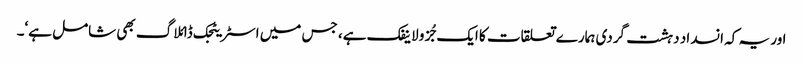
اور یہ کہ انسداد دہشت گردی ہمارے تعلقات کا ایک جُزو لاینفک ہے، جس میں اسٹریٹجک ڈائلاگ بھی شامل ہے‘۔